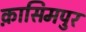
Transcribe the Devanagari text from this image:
क़ासिमपुर